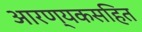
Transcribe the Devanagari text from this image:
आरण्यकसहित